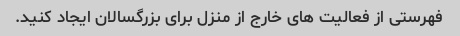
فهرستی از فعالیت های خارج از منزل برای بزرگسالان ایجاد کنید.